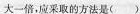
大一倍，应采取的方法是( )